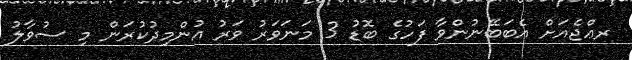
ރޢްޖެއަށް އެބަބޭނުންވާ ފަހުގެ ބޮޑު 3 މަނަވަރު ވަރު އުންމިދުކުރަން މި ސުވާލު